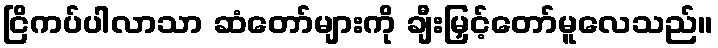
ငြိကပ်ပါလာသာ ဆံတော်များကို ချီးမြှင့်တော်မူလေသည်။